Report on horse surra - Volume II, Part I
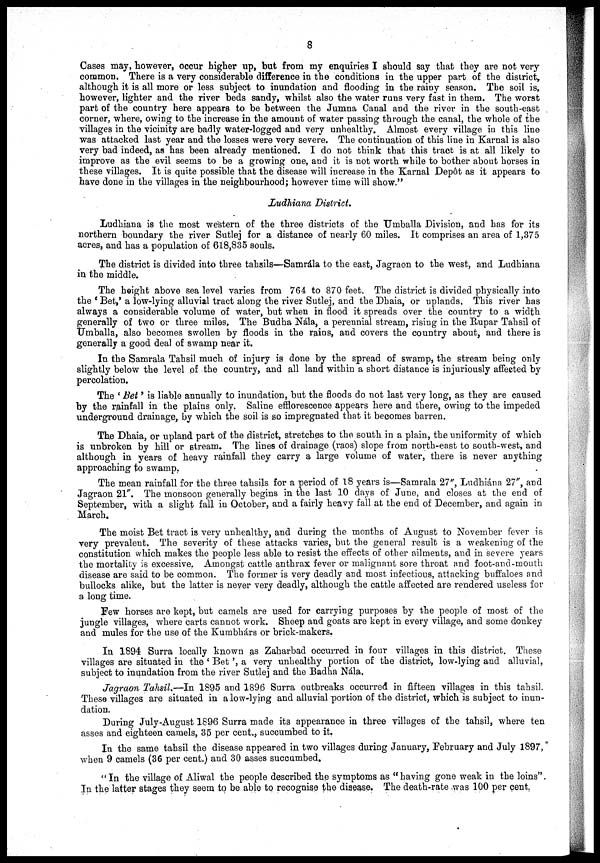
8
Cases may, however, occur higher up, but from my enquiries I should say that they are not very
common. There is a very considerable difference in the conditions in the upper part of the district,
although it is all more or less subject to inundation and flooding in the rainy season. The soil is,
however, lighter and the river beds sandy, whilst also the water runs very fast in them. The worst
part of the country here appears to be between the Jumna Canal and the river in the south-east
corner, where, owing to the increase in the amount of water passing through the canal, the whole of the
villages in the vicinity are badly water-logged and very unhealthy. Almost every village in this line
was attacked last year and the losses were very severe. The continuation of this line in Karnal is also
very bad indeed, as has been already mentioned. I do not think that this tract is at all likely to
improve as the evil seems to be a growing one, and it is not worth while to bother about horses in
these villages. It is quite possible that the disease will increase in the Karnal Depôt as it appears to
have done in the villages in the neighbourhood; however time will show."
Ludhiana District.
Ludhiana is the most western of the three districts of the Umballa Division, and has for its
northern boundary the river Sutlej for a distance of nearly 60 miles. It comprises an area of 1,375
acres, and has a population of 618,835 souls.
The district is divided into three tahsils—Samrála to the east, Jagraon to the west, and Ludhiana
in the middle.
The height above sea level varies from 764 to 870 feet. The district is divided physically into
the ' Bet,' a low-lying alluvial tract along the river Sutlej, and the Dhaia, or uplands. This river has
always a considerable volume of water, but when in flood it spreads over the country to a width
generally of two or three miles. The Budha Nála, a perennial stream, rising in the Rupar Tahsil of
Umballa, also becomes swollen by floods in the rains, and covers the country about, and there is
generally a good deal of swamp near it.
In the Samrala Tahsil much of injury is done by the spread of swamp, the stream being only
slightly below the level of the country, and all land within a short distance is injuriously affected by
percolation.
The 'Bet' is liable annually to inundation, but the floods do not last very long, as they are caused
by the rainfall in the plains only. Saline efflorescence appears here and there, owing to the impeded
underground drainage, by which the soil is so impregnated that it becomes barren.
The Dhaia, or upland part of the district, stretches to the south in a plain, the uniformity of which
is unbroken by hill or stream. The lines of drainage (raos) slope from north-east to south-west, and
although in years of heavy rainfall they carry a large volume of water, there is never anything
approaching to swamp.
The mean rainfall for the three tahsils for a period of 18 years is—Samrala 27", Ludhiána 27", and
Jagraon 21". The monsoon generally begins in the last 10 days of June, and closes at the end of
September, with a slight fall in October, and a fairly heavy fall at the end of December, and again in
March.
The moist Bet tract is very unhealthy, and during the months of August to November fever is
very prevalent. The severity of these attacks varies, but the general result is a weakening of the
constitution which makes the people less able to resist the effects of other ailments, and in severe years
the mortality is excessive. Amongst cattle anthrax fever or malignant sore throat and foot-and-mouth
disease are said to be common. The former is very deadly and most infectious, attacking buffaloes and
bullocks alike, but the latter is never very deadly, although the cattle affected are rendered useless for
a long time.
Few horses are kept, but camels are used for carrying purposes by the people of most of the
jungle villages, where carts cannot work. Sheep and goats are kept in every village, and some donkey
and mules for the use of the Kumbhárs or brick-makers.
In 1894 Surra locally known as Zaharbad occurred in four villages in this district. These
villages are situated in the ' Bet ', a very unhealthy portion of the district, low-lying and alluvial,
subject to inundation from the river Sutlej and the Badha Nála.
Jagraon Tahsil.—In 1895 and 1896 Surra outbreaks occurred in fifteen villages in this tahsil.
These villages are situated in a low-lying and alluvial portion of the district, which is subject to inun-
dation.
During July-August 1896 Surra made its appearance in three villages of the tahsil, where ten
asses and eighteen camels, 35 per cent., succumbed to it.
In the same tahsil the disease appeared in two villages during January, February and July 1897,
when 9 camels (36 per cent.) and 30 asses succumbed.
"In the village of Aliwal the people described the symptoms as "having gone weak in the loins".
In the latter stages they seem to be able to recognise the disease. The death-rate was 100 per cent